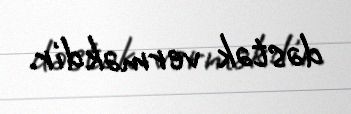
dəstək verməkdir.